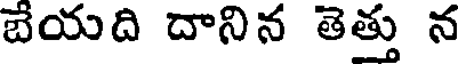
బేయది దానిన తెత్తు న